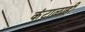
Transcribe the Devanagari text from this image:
कंटाळाही